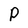
Character: P